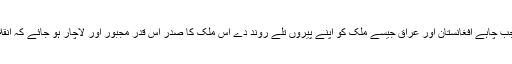
ذرا سوچیے امریکہ جیسا دنیا کا سب سے طاقتور ملک جو جب چاہے افغانستان اور عراق جیسے ملک کو اپنے پیروں تلے روند دے اس ملک کا صدر اس قدر مجبور اور لاچار ہو جائے کہ انقلابیوں کے مجمع میں پولس ان کو بچا کر سڑک پار کروائے۔